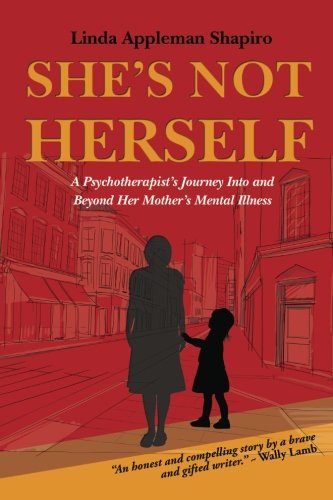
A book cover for She's Not Herself: A psychotherapist's journey into and beyond her mother's mental illness; Linda Appleman Shapiro; Parenting & Relationships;